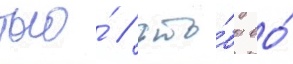
того́ / что́бы ео́